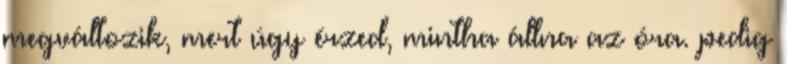
megváltozik, mert úgy érzed, mintha állna az óra. pedig